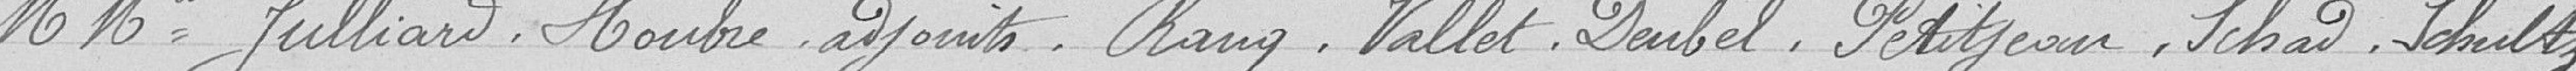
Messieurs Julliard, Houbre, adjoints, Rang, Vallet, Daubel, Petitjean, Schad, Schultz